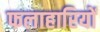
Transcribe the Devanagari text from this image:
फलाहारियों